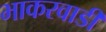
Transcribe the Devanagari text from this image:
भाकरवाडी